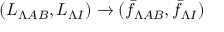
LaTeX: ( L _ { \Lambda A B } , L _ { \Lambda I } ) \to ( \bar { f } _ { \Lambda A B } , \bar { f } _ { \Lambda I } )